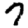
Digit: 7